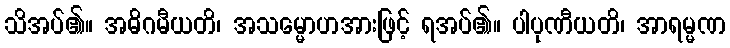
သိအပ်၏။ အဓိဂမီယတိ၊ အသမ္မောဟအားဖြင့် ရအပ်၏။ ပါပုဏီယတိ၊ အာရမ္မဏ